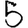
Digit: 5